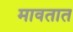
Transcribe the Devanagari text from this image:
मावतात